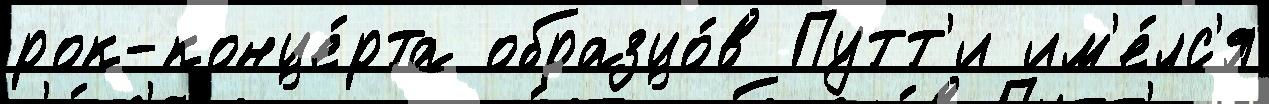
рок-конце́рта образцо́в Путт'и им'е́лс'я